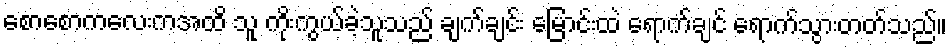
စောစောကလေးကအထိ သူ ကိုးကွယ်ခဲ့သူသည် ချက်ချင်း မြောင်းထဲ ရောက်ချင် ရောက်သွားတတ်သည်။